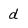
Character: d